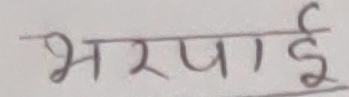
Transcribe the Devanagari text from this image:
भरपाई